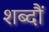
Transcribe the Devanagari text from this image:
शब्दौं